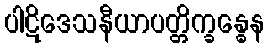
ပါဋိဒေသနီယာပတ္တိက္ခန္ဓေန